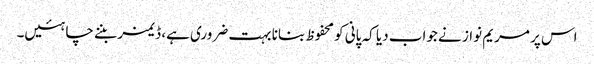
اس پر مریم نواز نے جواب دیا کہ پانی کو محفوظ بنانا بہت ضروری ہے، ڈیمز بننے چاہئیں۔